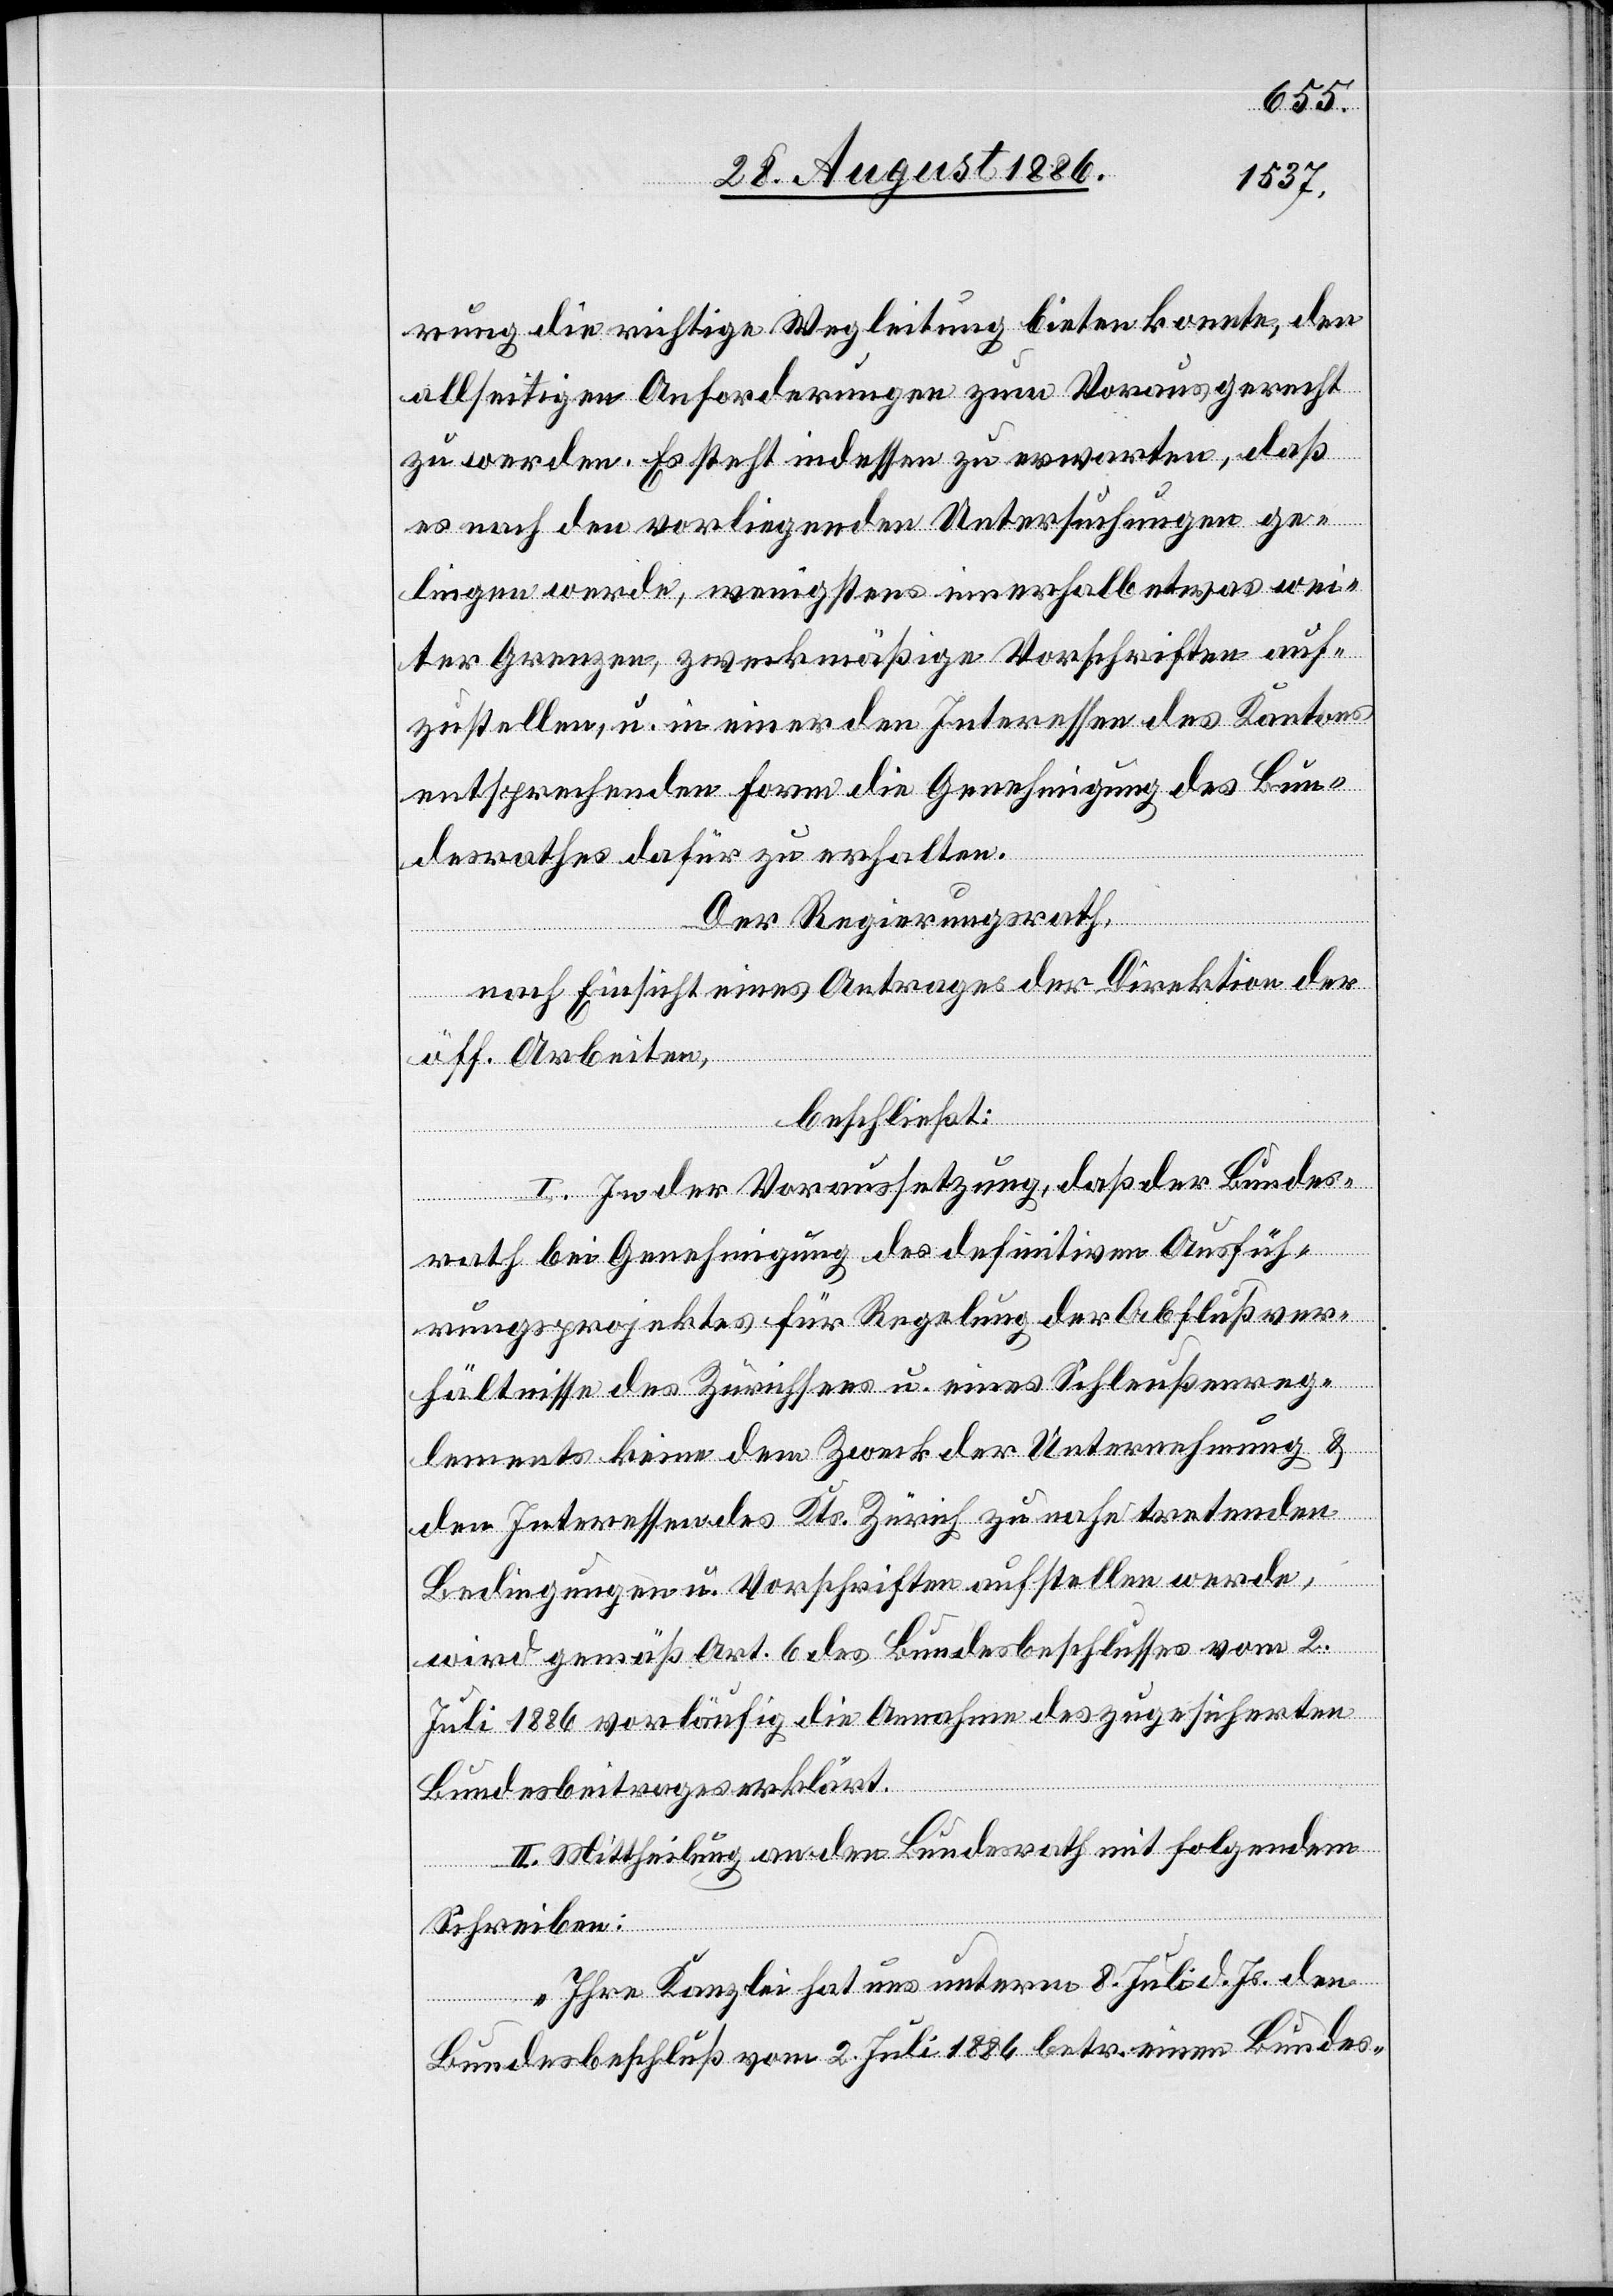
rung die richtige Wegleitung bieten konnte, den
allseitigen Anforderungen zum Voraus gerecht
zu werden. Es steht indessen zu erwarten, daß
es nach den vorliegenden Untersuchungen ge¬
lingen werde, wenigstens innerhalb etwas wei¬
ter Grenzen, zweckmäßige Vorschriften auf¬
zustellen, u. in einer den Interessen des Kantons
entsprechenden Form die Genehmigung des Bun¬
desrathes dafür zu erhalten.
Der Regierungsrath,
nach Einsicht eines Antrages der Direktion der
öff. Arbeiten,
beschließt:
I. In der Voraussetzung, daß der Bundes¬
rath bei Genehmigung des definitiven Ausfüh¬
rungsprojektes für Regelung der Abflußver¬
hältnisse des Zürichsees u. eines Schleußenreg¬
lements keine dem Zweck der Unternehmung &
den Interessen des Kts. Zürich zu nahe tretenden
Bedingungen u. Vorschriften aufstellen werde,
wird gemäß Art. 6 des Bundesbeschlusses vom 2.
Juli 1886 vorläufig die Annahme des zugesicherten
Bundesbeitrages erklärt.
II. Mittheilung an den Bundesrath mit folgendem
Schreiben:
„Ihre Kanzlei hat uns unterm 8. Juli d. Js. den
Bundesbeschluß vom 2. Juli 1886 betr. einen Bundes-